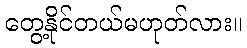
တွေ့နိုင်တယ်မဟုတ်လား။